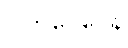
ဝါတဝေဂေန